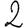
Digit: 2